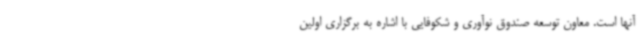
آنها است. معاون توسعه صندوق نوآوری و شکوفایی با اشاره به برگزاری اولین